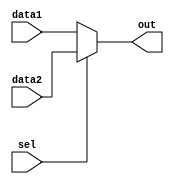
module mux(sel, data1, data2, out);

	input [31:0] data1; 
	input [31:0] data2;
	input sel;
	output [31:0] out;

	assign out = sel ? data2 : data1;
	
endmodule